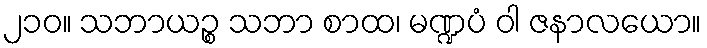
၂၁၀။ သဘာယဉ္စ သဘာ စာထ၊ မဏ္ဍပံ ဝါ ဇနာလယော။